Vaccination Hyderabad 1890-1903 - 1890-1903
Year: 1890
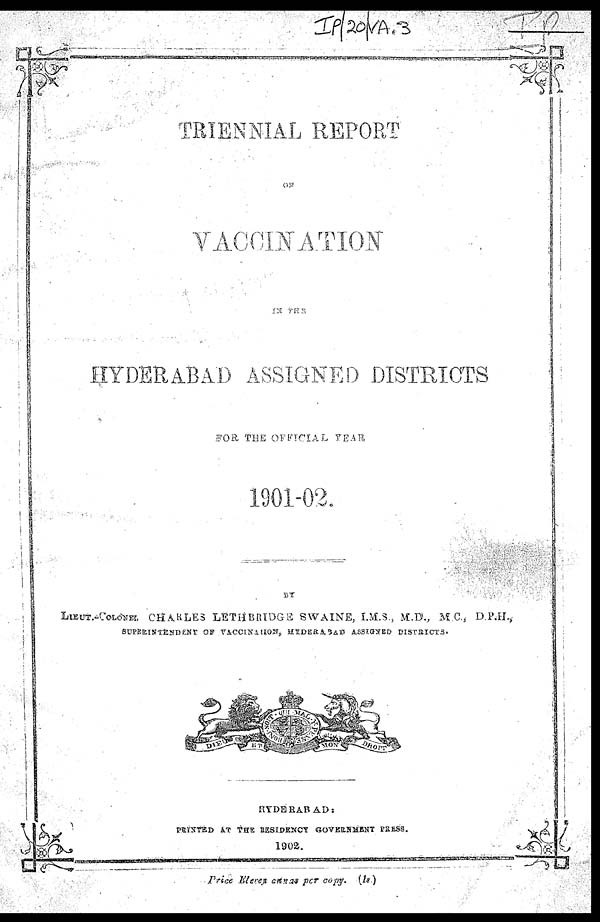
TRIENNIAL REPORT
ON
VACCINATION
IN THE
HYDERABAD ASSIGNED DISTRICTS
FOR THE OFFICIAL YEAR
1901-02.
BY
LIEUT.-COLONEL CHARLES LETHBRIDGE SWAINE, I.M.S., M.D., M.C., D.P.H.,
SUPERINTENDENT OF VACCINATION, HYDERABAD
ASSIGNED DISTRICTS.
HYDERABAD
PRINTED AT THE RESIDENCY GOVERNMENT PRESS.
1902.
Price Eleven annas per copy. (1s.)